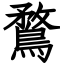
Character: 鶩